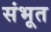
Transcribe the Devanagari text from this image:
संभूत